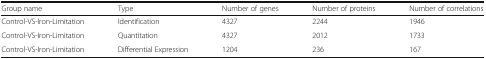
<table><thead><tr><td><b>Group name</b></td><td><b>Type</b></td><td><b>Number of genes</b></td><td><b>Number of proteins</b></td><td><b>Number of correlations</b></td></tr></thead><tbody><tr><td>Control-VS-Iron-Limitation</td><td>Identification</td><td>4327</td><td>2244</td><td>1946</td></tr><tr><td>Control-VS-Iron-Limitation</td><td>Quantitation</td><td>4327</td><td>2012</td><td>1733</td></tr><tr><td>Control-VS-Iron-Limitation</td><td>Differential Expression</td><td>1204</td><td>236</td><td>167</td></tr></tbody></table>